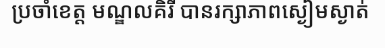
ប្រចាំខេត្ត មណ្ឌលគិរី បានរក្សាភាពស្ងៀមស្ងាត់